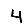
Digit: 4